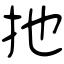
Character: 扡